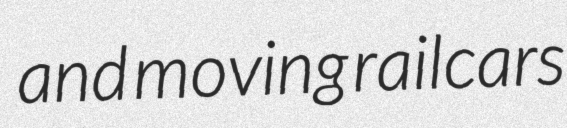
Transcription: and moving railcars